Annual report on the Civil Veterinary Department, Burma (including the Insein Veterinary School) - 1932-1941
Year: 1932
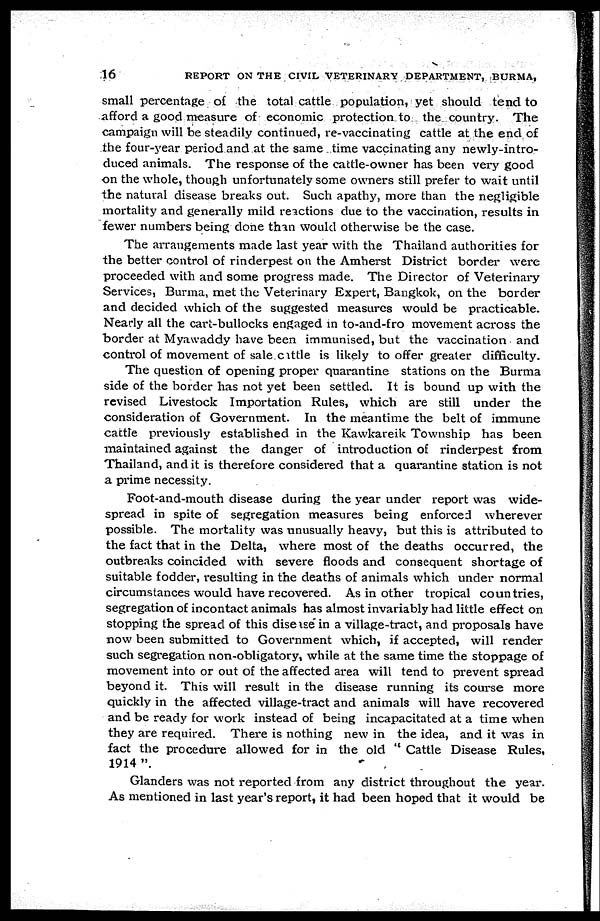
16
REPORT ON THE CIVIL VETERINARY DEPARTMENT, BURMA,
small percentage of the total cattle population, yet should tend to
afford a good measure of economic protection to the country. The
campaign will be steadily continued, re-vaccinating cattle at the end of
the four-year period and at the same time vaccinating any newly-intro-
duced animals. The response of the cattle-owner has been very good
on the whole, though unfortunately some owners still prefer to wait until
the natural disease breaks out. Such apathy, more than the negligible
mortality and generally mild reactions due to the vaccination, results in
fewer numbers being done than would otherwise be the case.
The arrangements made last year with the Thailand authorities for
the better control of rinderpest on the Amherst District border were
proceeded with and some progress made. The Director of Veterinary
Services, Burma, met the Veterinary Expert, Bangkok, on the border
and decided which of the suggested measures would be practicable.
Nearly all the cart-bullocks engaged in to-and-fro movement across the
border at Myawaddy have been immunised, but the vaccination and
control of movement of sale cattle is likely to offer greater difficulty.
The question of opening proper quarantine stations on the Burma
side of the border has not yet been settled. It is bound up with the
revised Livestock Importation Rules, which are still under the
consideration of Government. In the meantime the belt of immune
cattle previously established in the Kawkareik Township has been
maintained against the danger of introduction of rinderpest from
Thailand, and it is therefore considered that a quarantine station is not
a prime necessity.
Foot-and-mouth disease during the year under report was wide-
spread in spite of segregation measures being enforced wherever
possible. The mortality was unusually heavy, but this is attributed to
the fact that in the Delta, where most of the deaths occurred, the
outbreaks coincided with severe floods and consequent shortage of
suitable fodder, resulting in the deaths of animals which under normal
circumstances would have recovered. As in other tropical countries,
segregation of incontact animals has almost invariably had little effect on
stopping the spread of this disease in a village-tract, and proposals have
now been submitted to Government which, if accepted, will render
such segregation non-obligatory, while at the same time the stoppage of
movement into or out of the affected area will tend to prevent spread
beyond it. This will result in the disease running its course more
quickly in the affected village-tract and animals will have recovered
and be ready for work instead of being incapacitated at a time when
they are required. There is nothing new in the idea, and it was in
fact the procedure allowed for in the old " Cattle Disease Rules,
1914".
Glanders was not reported from any district throughout the year.
As mentioned in last year's report, it had been hoped that it would be